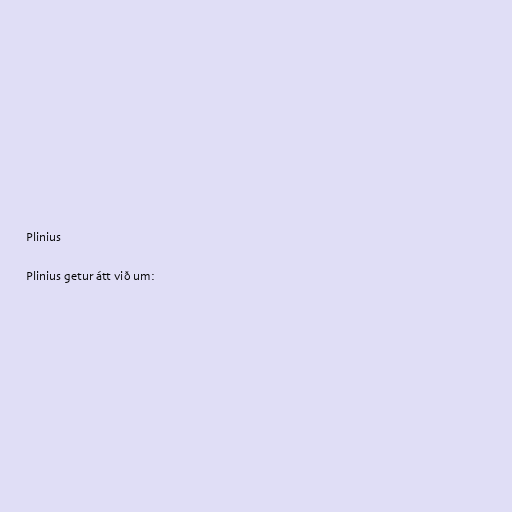
Plinius

Plinius getur átt við um: